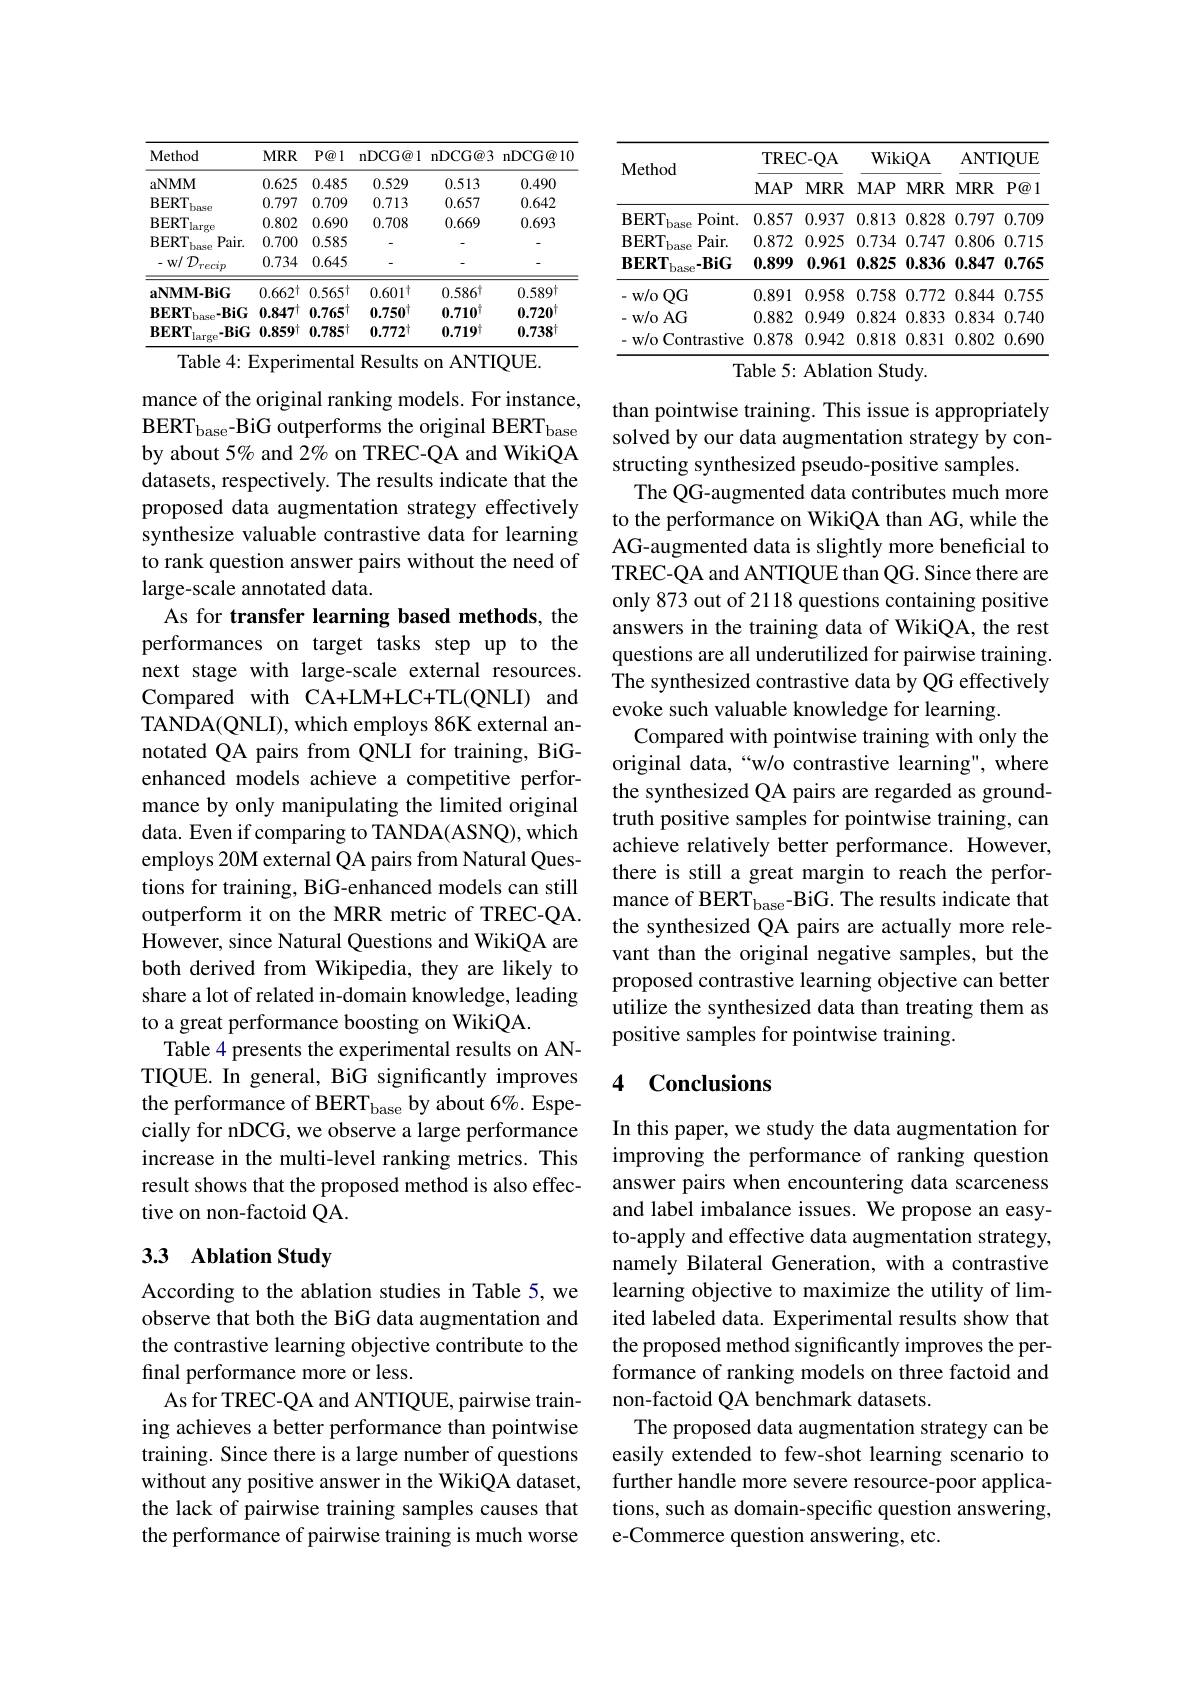
<table>
	<tbody>
		<tr>
			<th>Method</th>
			<th>$MRR$</th>
			<th>$P@1$</th>
			<th>nDCG@ 1</th>
			<th>nDCG@ 3</th>
			<th>nDCG@ 10</th>
		</tr>
		<tr>
			<td>$\mathbf{aNMM}$</td>
			<td>0.625</td>
			<td>0.485</td>
			<td>0.529</td>
			<td>0.513</td>
			<td>0.490</td>
		</tr>
		<tr>
			<td>$BERT$</td>
			<td>0.797</td>
			<td>0.709</td>
			<td>0.713</td>
			<td>0.657</td>
			<td>0.642</td>
		</tr>
		<tr>
			<td>$BERT$ large</td>
			<td>0.802</td>
			<td>0.690</td>
			<td>0.708</td>
			<td>0.669</td>
			<td>0.693</td>
		</tr>
		<tr>
			<td>$\mathbf{BERT}$ $Pair.$ base</td>
			<td>0.700</td>
			<td>0.585</td>
			<td> </td>
			<td> </td>
			<td> </td>
		</tr>
		<tr>
			<td>$w/1$ $\mathcal{D}_{recip}$</td>
			<td>0.734</td>
			<td>0.645</td>
			<td> </td>
			<td> </td>
			<td> </td>
		</tr>
		<tr>
			<td>$\mathbf{aNMM-BiG}$</td>
			<td>$0.662^{\dagger}$</td>
			<td>$0.565^{\dagger}$</td>
			<td>$0.601^{\dagger}$</td>
			<td>$0.586^{\dagger}$</td>
			<td>0.589</td>
		</tr>
		<tr>
			<td>ase- BiG $\mathbf{BERT}$</td>
			<td>$0.847^{\dagger}$</td>
			<td>$0.765^{\dagger}$</td>
			<td>$0.750^{\dagger}$</td>
			<td>$0.710^{\dagger}$</td>
			<td>$0.720^{\dagger}$</td>
		</tr>
		<tr>
			<td>$\mathbf{BERT}$ $-BiG$ large</td>
			<td>$0.859\dagger$</td>
			<td>$0.785t$</td>
			<td>$\mathbf{0.772^{\dagger}}$</td>
			<td>$0.719^{\dagger}$</td>
			<td>$0.738^{\dagger}$</td>
		</tr>
	</tbody>
</table>
Table 4: Experimental Results on ANTIQUE.

mance of the original ranking models. For instance, BERT$_\mathrm{base}$-BiG outperforms the original BERT$_\mathrm{base}$ by about $5\%$ and 2% on TREC-QA and WikiQA datasets, respectively. The results indicate that the proposed data augmentation strategy effectively synthesize valuable contrastive data for learning to rank question answer pairs without the need of large-scale annotated data.
As for transfer learning based methods, the performances on target tasks step up to the next stage with large-scale external resources. Compared with CA+LM+LC+TL(QNLI) and TANDA(QNLI), which employs 86K external annotated QA pairs from QNLI for training, BiGenhanced models achieve a competitive performance by only manipulating the limited original data. Even if comparing to TANDA(ASNQ), which employs 20M external QA pairs from Natural Questions for training, BiG-enhanced models can still outperform it on the MRR metric of TREC-QA. However, since Natural Questions and WikiQA are both derived from Wikipedia, they are likely to share a lot of related in-domain knowledge, leading to a great performance boosting on WikiQA.
Table 4 presents the experimental results on ANTIQUE. In general, BiG significantly improves the performance of BERT$_\mathrm{base}$ by about 6%. Especially for nDCG, we observe a large performance increase in the multi-level ranking metrics. This result shows that the proposed method is also effective on non-factoid QA.

## 3.3 Ablation Study

According to the ablation studies in Table 5, we observe that both the BiG data augmentation and the contrastive learning objective contribute to the final performance more or less.
As for TREC-QA and ANTIQUE, pairwise training achieves a better performance than pointwise training. Since there is a large number of questions without any positive answer in the WikiQA dataset, the lack of pairwise training samples causes that the performance of pairwise training is much worse

<table>
	<tbody>
		<tr>
			<th rowspan="2">$\mathbf{Method}$</th>
			<th colspan="2">TREC- QA</th>
			<th>WikiQA</th>
			<th>$TIQUE$</th>
		</tr>
		<tr>
			<th>$MAP$</th>
			<th>$MRR$</th>
			<th>$MAP$ $MRR$</th>
			<th>$R$ $P@1$</th>
		</tr>
		<tr>
			<td>$\mathbf{BERT}$ $Point.$ base</td>
			<td>0.857</td>
			<td>0.937</td>
			<td>0.813 0.828</td>
			<td>0.709 7</td>
		</tr>
		<tr>
			<td>$\mathbf{BERT}$ $Pair.$ base</td>
			<td>0.872</td>
			<td>0.925</td>
			<td>0.734 0.747</td>
			<td>6 0.715</td>
		</tr>
		<tr>
			<td>$\mathbf{BERT}_{\mathrm{base}}- \mathbf{BiG}$</td>
			<td>0.899</td>
			<td>0.961</td>
			<td>0.825 0.836</td>
			<td>0.765 7</td>
		</tr>
		<tr>
			<td>$w/0$ $QG$</td>
			<td>0.891</td>
			<td>0.958</td>
			<td>0.758 0.772</td>
			<td>4 0.755</td>
		</tr>
		<tr>
			<td>$w/0AG$</td>
			<td>0.882</td>
			<td>0.949</td>
			<td>0.824 0.833</td>
			<td>4 0.740</td>
		</tr>
		<tr>
			<td>w/o Contrastive</td>
			<td>0.878</td>
			<td>0.942</td>
			<td>0.818 0.831</td>
			<td>0.690 2</td>
		</tr>
	</tbody>
</table>
Table 5: Ablation Study.

than pointwise training. This issue is appropriately solved by our data augmentation strategy by constructing synthesized pseudo-positive samples.
The QG-augmented data contributes much more to the performance on WikiQA than AG, while the AG-augmented data is slightly more beneficial to TREC-QA and ANTIQUE than QG. Since there are only 873 out of 2118 questions containing positive answers in the training data of WikiQA, the rest questions are all underutilized for pairwise training. The synthesized contrastive data by QG effectively evoke such valuable knowledge for learning.
Compared with pointwise training with only the original data,“w/o contrastive learning", where the synthesized QA pairs are regarded as groundtruth positive samples for pointwise training, can achieve relatively better performance. However, there is still a great margin to reach the performance of BERT$_\mathrm{base}$-BiG. The results indicate that the synthesized QA pairs are actually more relevant than the original negative samples, but the proposed contrastive learning objective can better utilize the synthesized data than treating them as positive samples for pointwise training.

## 4 Conclusions

In this paper, we study the data augmentation for improving the performance of ranking question answer pairs when encountering data scarceness and label imbalance issues. We propose an easyto-apply and effective data augmentation strategy, namely Bilateral Generation, with a contrastive learning objective to maximize the utility of limited labeled data. Experimental results show that the proposed method significantly improves the performance of ranking models on three factoid and non-factoid QA benchmark datasets.
The proposed data augmentation strategy can be easily extended to few-shot learning scenario to further handle more severe resource-poor applications, such as domain-specific question answering, e-Commerce question answering, etc.